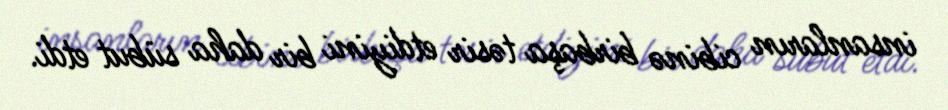
insanların cibinə birbaşa təsir etdiyini bir daha sübut etdi.